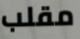
مقلب